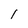
Character: 1